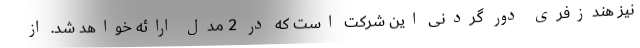
نیز هندزفری دور گردنی این شرکت است که در 2 مدل ارائه خواهد شد. از